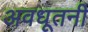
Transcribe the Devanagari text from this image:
अवधूतनी